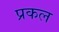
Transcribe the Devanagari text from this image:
प्रकल